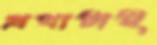
প্রথাটাই